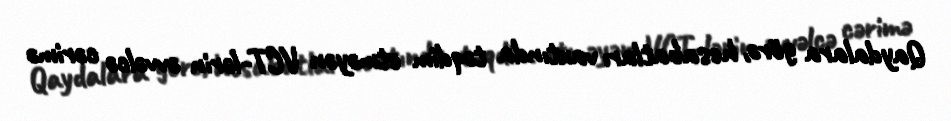
Qaydalara görə, hesabatları vaxtında təqdim etməyən VCT-lərin əvvəlcə cərimə